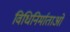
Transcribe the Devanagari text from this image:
विधिनिर्माताओं